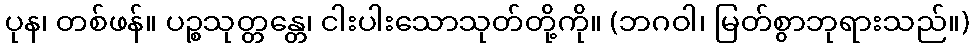
ပုန၊ တစ်ဖန်။ ပဉ္စသုတ္တန္တေ၊ ငါးပါးသောသုတ်တို့ကို။ (ဘဂဝါ၊ မြတ်စွာဘုရားသည်။)